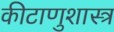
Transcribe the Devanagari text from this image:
कीटाणुशास्त्र